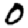
Digit: 0